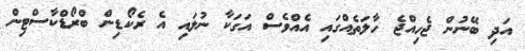
އަދި ބޭނުން ޖެހިއްޖެ ހާލަތެއްގައި އެއްވެސް އަގަކާ ނުލައި އެ ރެކޯޑިން ބްރޯޑްކާސްޓިން